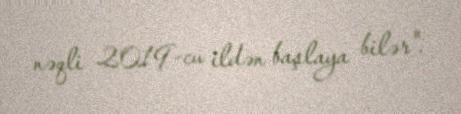
nəqli 2019-cu ildən başlaya bilər".